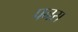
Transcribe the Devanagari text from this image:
पनस